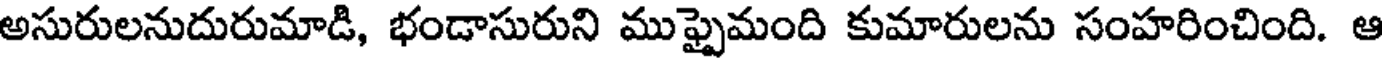
అసురులనుదురుమాడి, భండాసురుని ముఫ్పైమంది కుమారులను సంహరించింది. ఆ